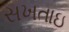
સખતાઇ